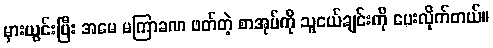
မှားယွင်းပြီး အမေ မကြာခဏ ဖတ်တဲ့ စာအုပ်ကို သူငယ်ချင်းကို ပေးလိုက်တယ်။